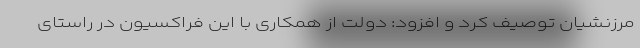
مرزنشیان توصیف کرد و افزود: دولت از همکاری با این فراکسیون در راستای